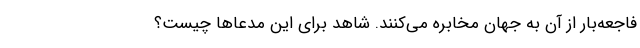
فاجعه‌بار از آن به جهان مخابره می‌کنند. شاهد برای این مدعاها چیست؟